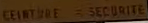
CEINTURE=SECURITE